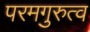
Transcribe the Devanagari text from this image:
परमगुरुत्व